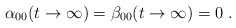
\begin{align*}\alpha_{00}(t\to\infty)=\beta_{00}(t\to\infty)=0\;.\end{align*}